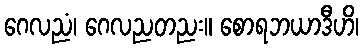
ဂေလညံ၊ ဂေလညတညး။ စောရဘယာဒီဟိ၊